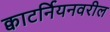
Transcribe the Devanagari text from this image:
क्वाटर्नियनवरील